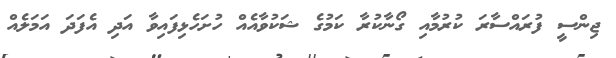
ޖިންސީ ފުރައްސާރަ ކުރުމާއި ގޯނާކުރާ ކަމުގެ ޝަކުވާއެއް ހުށަހެޅިފައިވާ އަދި އެފަދަ އަމަލެއް